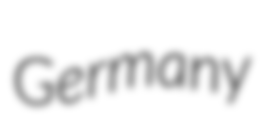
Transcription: Germany